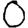
Digit: 0